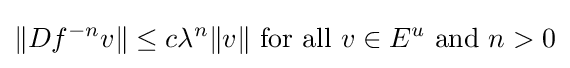
\|Df^{-n}v\|\leq c\lambda ^{n}\|v\|{\text{ for all }}v\in E^{u}{\text{ and }}n>0